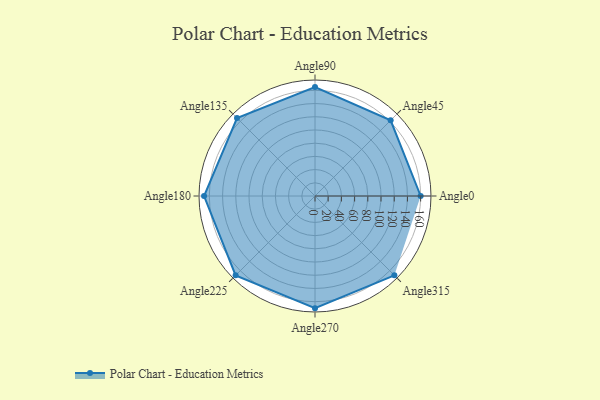
{"axis": {"x": "Angle", "y": "Radius"}, "legend": [""], "data": [{"x": "Angle0", "y": 160.0, "type": ""}, {"x": "Angle45", "y": 162.0, "type": ""}, {"x": "Angle90", "y": 165.0, "type": ""}, {"x": "Angle135", "y": 167.0, "type": ""}, {"x": "Angle180", "y": 168.0, "type": ""}, {"x": "Angle225", "y": 170, "type": ""}, {"x": "Angle270", "y": 170, "type": ""}, {"x": "Angle315", "y": 170, "type": ""}]}